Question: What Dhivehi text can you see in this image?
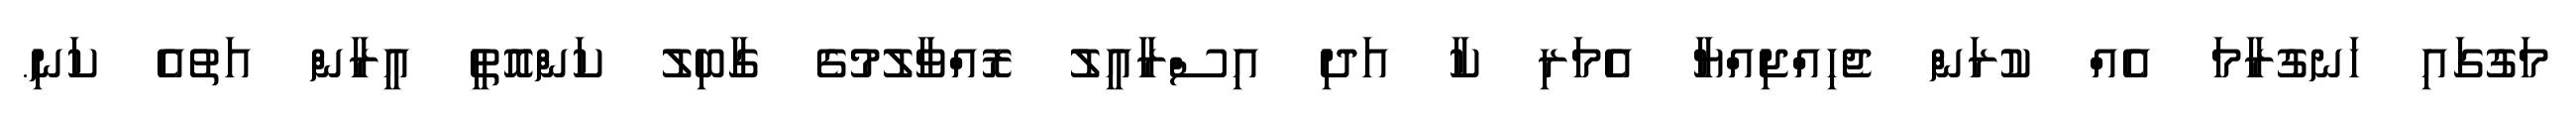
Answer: މަގުގައި ހަނގުރާމަ އެއް ކުރަން ޖެހިއްޖިއްޔާ އެމަރި ކާ އަދި އިސްރާއީލު ރޮއްވާލުމުގެ ގާބިލު ކަންއޮތީ އީރާން އަތުއެ ކަނި.